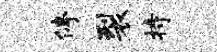
停裂持